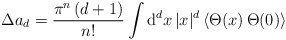
\begin{align*}\Delta a_{d}=\frac{\pi ^{n}\,(d+1)}{{n}!}\int {\rm d}^{d}x\,|x|^{d}\,\langle\Theta (x)\,\Theta (0)\rangle \end{align*}